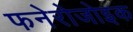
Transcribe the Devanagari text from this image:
फनेरोजोइक